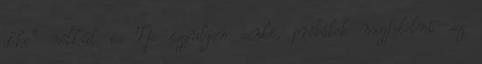
doki” nélkül is Ne izguljon senki, próbálok megfelelni .ez